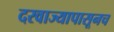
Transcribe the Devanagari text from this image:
दरवाज्यापासूनच